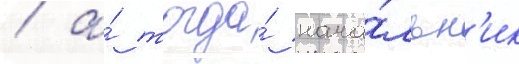
/ а́ тогда́ нача́льн'ик